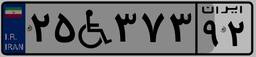
۲۵W۳۷۳۹۲